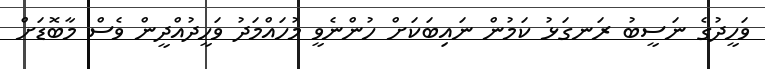
ވަހީދުގެ ނަސީބު ރަނގަޅު ކަމުން ނައިބަކަށް ހުންނެވީ މުހައްމަދު ވަހީދުއްދީން ވެސް މާބޮޑަށް